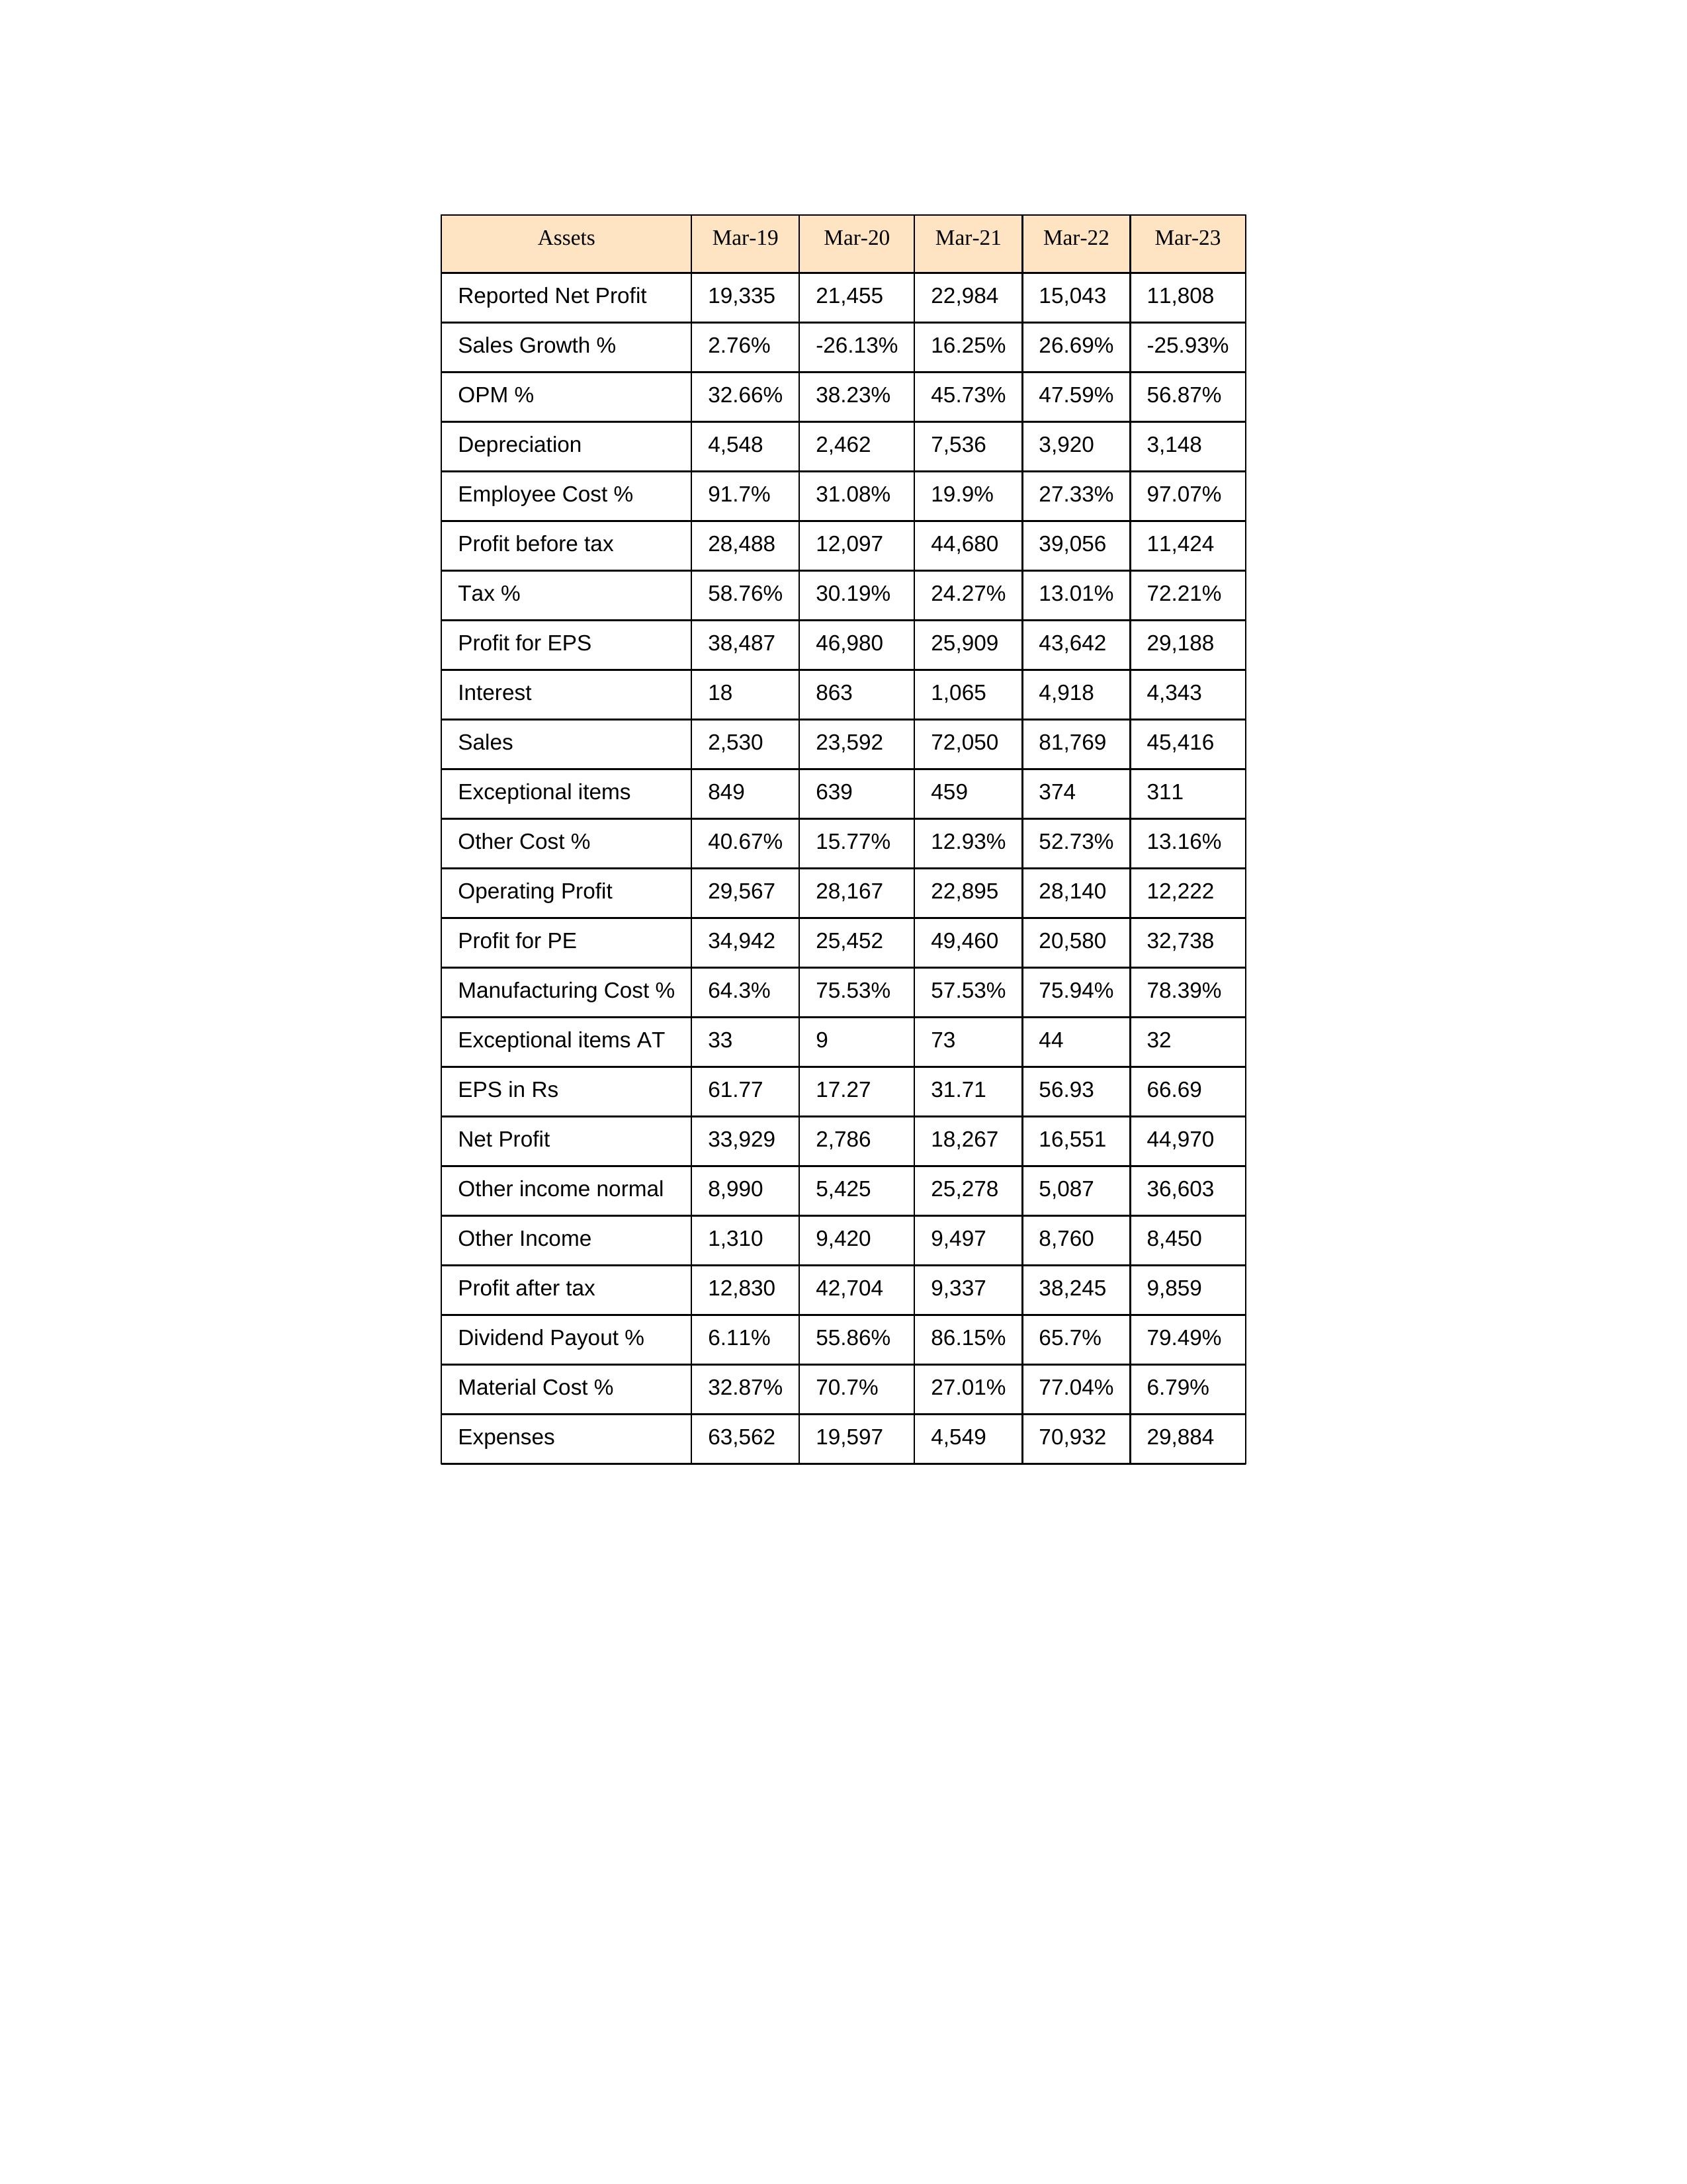
gt_parse: Mar-19: Sales: 2,530
Sales Growth %: 2.76%
Expenses: 63,562
Material Cost %: 32.87%
Manufacturing Cost %: 64.3%
Employee Cost %: 91.7%
Other Cost %: 40.67%
Operating Profit: 29,567
OPM %: 32.66%
Other Income: 1,310
Exceptional items: 849
Other income normal: 8,990
Interest: 18
Depreciation: 4,548
Profit before tax: 28,488
Tax %: 58.76%
Net Profit: 33,929
Profit after tax: 12,830
Reported Net Profit: 19,335
Profit for EPS: 38,487
Exceptional items AT: 33
Profit for PE: 34,942
EPS in Rs: 61.77
Dividend Payout %: 6.11%
Mar-20: Sales: 23,592
Sales Growth %: -26.13%
Expenses: 19,597
Material Cost %: 70.7%
Manufacturing Cost %: 75.53%
Employee Cost %: 31.08%
Other Cost %: 15.77%
Operating Profit: 28,167
OPM %: 38.23%
Other Income: 9,420
Exceptional items: 639
Other income normal: 5,425
Interest: 863
Depreciation: 2,462
Profit before tax: 12,097
Tax %: 30.19%
Net Profit: 2,786
Profit after tax: 42,704
Reported Net Profit: 21,455
Profit for EPS: 46,980
Exceptional items AT: 9
Profit for PE: 25,452
EPS in Rs: 17.27
Dividend Payout %: 55.86%
Mar-21: Sales: 72,050
Sales Growth %: 16.25%
Expenses: 4,549
Material Cost %: 27.01%
Manufacturing Cost %: 57.53%
Employee Cost %: 19.9%
Other Cost %: 12.93%
Operating Profit: 22,895
OPM %: 45.73%
Other Income: 9,497
Exceptional items: 459
Other income normal: 25,278
Interest: 1,065
Depreciation: 7,536
Profit before tax: 44,680
Tax %: 24.27%
Net Profit: 18,267
Profit after tax: 9,337
Reported Net Profit: 22,984
Profit for EPS: 25,909
Exceptional items AT: 73
Profit for PE: 49,460
EPS in Rs: 31.71
Dividend Payout %: 86.15%
Mar-22: Sales: 81,769
Sales Growth %: 26.69%
Expenses: 70,932
Material Cost %: 77.04%
Manufacturing Cost %: 75.94%
Employee Cost %: 27.33%
Other Cost %: 52.73%
Operating Profit: 28,140
OPM %: 47.59%
Other Income: 8,760
Exceptional items: 374
Other income normal: 5,087
Interest: 4,918
Depreciation: 3,920
Profit before tax: 39,056
Tax %: 13.01%
Net Profit: 16,551
Profit after tax: 38,245
Reported Net Profit: 15,043
Profit for EPS: 43,642
Exceptional items AT: 44
Profit for PE: 20,580
EPS in Rs: 56.93
Dividend Payout %: 65.7%
Mar-23: Sales: 45,416
Sales Growth %: -25.93%
Expenses: 29,884
Material Cost %: 6.79%
Manufacturing Cost %: 78.39%
Employee Cost %: 97.07%
Other Cost %: 13.16%
Operating Profit: 12,222
OPM %: 56.87%
Other Income: 8,450
Exceptional items: 311
Other income normal: 36,603
Interest: 4,343
Depreciation: 3,148
Profit before tax: 11,424
Tax %: 72.21%
Net Profit: 44,970
Profit after tax: 9,859
Reported Net Profit: 11,808
Profit for EPS: 29,188
Exceptional items AT: 32
Profit for PE: 32,738
EPS in Rs: 66.69
Dividend Payout %: 79.49%